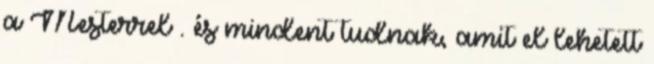
a Mesterrel . és mindent tudnak, amit el lehetett